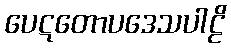
ပေဋတောပဒေသပါဠိ